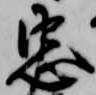
忠